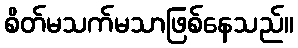
စိတ်မသက်မသာဖြစ်နေသည်။